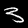
Label: 3